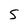
Character: S